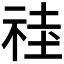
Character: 𱵍